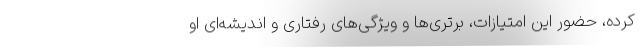
کرده، حضور این امتیازات، برتری‌ها و ویژگی‌های رفتاری و اندیشه‌ای او